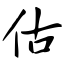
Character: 估